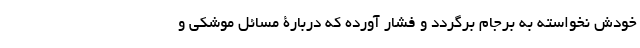
خودش نخواسته به برجام برگردد و فشار آورده که دربارۀ مسائل موشکی و